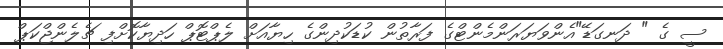
ސީ ގެ " ދަނގަޑޭ"އެންވަޔަރަންމެންޓްގެ ފަރާތުން ކުޑަކުދިންގެ ހިޔާއަށް ލެޕްޓޮޕް ހަދިޔާކޮށްފި ޗެލެންޖްކަޕް